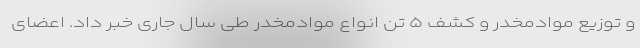
و توزیع موادمخدر و کشف ۵ تن انواع موادمخدر طی سال جاری خبر داد. اعضای